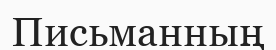
Письманның